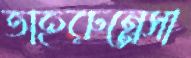
তাহরুন্নেসা